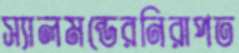
স্যালমন্ডেরনিরাপত